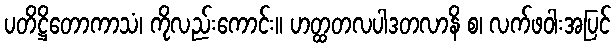
ပတိဋ္ဌိတောကာသံ၊ ကိုလည်းကောင်း။ ဟတ္ထတလပါဒတလာနိ စ၊ လက်ဖဝါးအပြင်